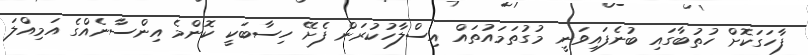
ފާހަގަކޮށް ހުތުބާގައި ބުނެފައިވަނީ މުގުތަމައުތައް އިސްލާހުކުރަން ފެށޭ ހިސާބަކީ ކޮންމެ އިންސާނެއްގެ އަމިއްލަ